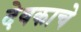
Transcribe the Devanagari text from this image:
देवकाचे